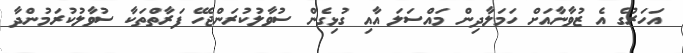
އަހަރުގެ އެ ޒުވާނާއަށް ހަމަލާދިން މައްސަލަ އާއި ގުޅިގެން ސުވާލުކުރަންޖެހޭ ފަރާތްތަކާ ސުވާލުކުރަމުންދާ